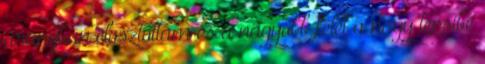
arányban elosztottam és a nagyobb felét a nagy tepsibe